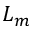
L _ { m }